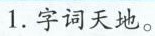
1.字词天地。